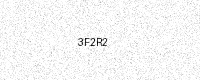
Text: 3F2R2